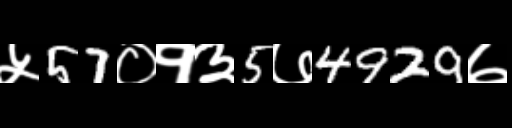
Text: ५57०१३5७4929७